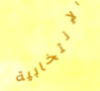
الإنتخابية